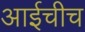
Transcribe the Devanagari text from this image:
आईचीच